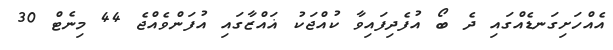
އެއްހަށިގަނޑެއްގައި ދެ ބޯ އުފެދިފައިވާ ކުއްޖަކު ޣައްޒާގައި އުފަންވެއްޖެ 44 މިނެޓް 30